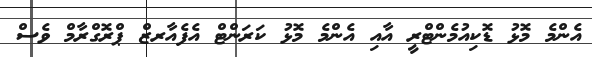
އެންމެ މޮޅު ޑޮކިއުމެންޓްރީ އާއި އެންމެ މޮޅު ކަރަންޓް އެފެއާރޒް ޕްރޮގްރާމް ވެސް